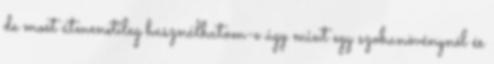
de most átmenetileg használhatom-e úgy mint egy szobanövénynél és